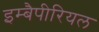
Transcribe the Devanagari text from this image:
इम्बैपीरियल